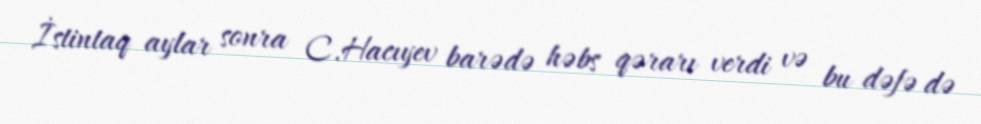
İstintaq aylar sonra C.Hacıyev barədə həbs qərarı verdi və bu dəfə də